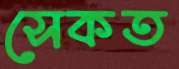
সেকত